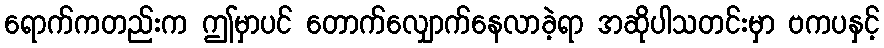
ရောက်ကတည်းက ဤမှာပင် တောက်လျှောက်နေလာခဲ့ရာ အဆိုပါသတင်းမှာ ဗကပနှင့်